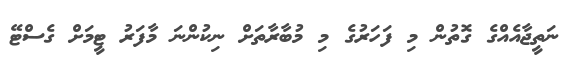
ނަތީޖާއެއްގެ ގޮތުން މި ފަހަރުގެ މި މުބާރާތަށް ނިކުންނަ މާފަރު ޓީމަށް ގެސްޓޭ